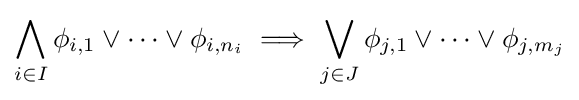
\bigwedge _{i\in I}\phi _{i,1}\vee \dots \vee \phi _{i,n_{i}}\implies \bigvee _{j\in J}\phi _{j,1}\vee \dots \vee \phi _{j,m_{j}}